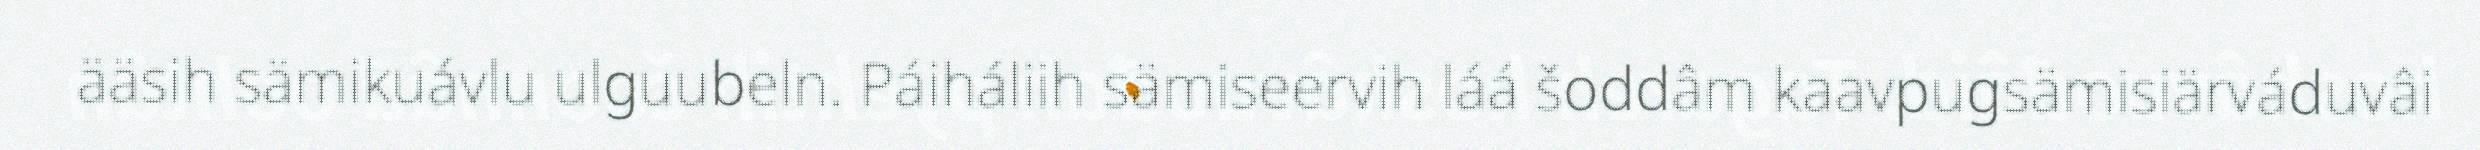
ääsih sämikuávlu ulguubeln. Páiháliih sämiseervih láá šoddâm kaavpugsämisiärváduvâi